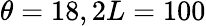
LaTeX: \theta=18,2L=100